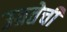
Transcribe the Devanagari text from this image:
उग्रतेची